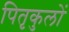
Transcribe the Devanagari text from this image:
पितृकुलों